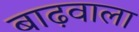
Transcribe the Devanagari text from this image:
बाढ़वाला